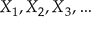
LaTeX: X _ { 1 } , X _ { 2 } , X _ { 3 } , \dots